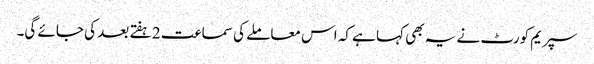
سپریم کورٹ نے یہ بھی کہا ہے کہ اس معاملے کی سماعت 2 ہفتے بعد کی جائے گی۔